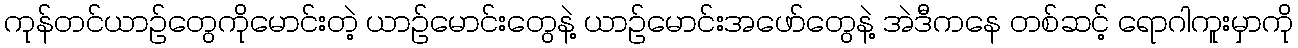
ကုန်တင်ယာဉ်တွေကိုမောင်းတဲ့ ယာဉ်မောင်းတွေနဲ့ ယာဉ်မောင်းအဖော်တွေနဲ့ အဲဒီကနေ တစ်ဆင့် ရောဂါကူးမှာကို